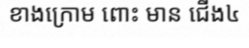
ខាងក្រោម ពោះ មាន ជើង៤